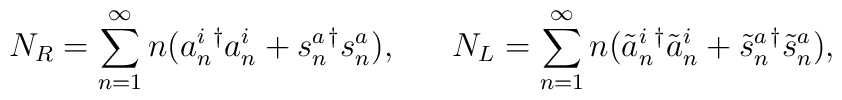
N_R = \sum_{n=1}^{\infty} n(a_n^i{}^\dagger a_n^i +s_n^a{}^\dagger s_n^a), ~~~~~ N_L = \sum_{n=1}^{\infty} n(\tilde{a}_n^i{}^\dagger \tilde{a}_n^i + \tilde{s}_n^a{}^\dagger \tilde{s}_n^a),